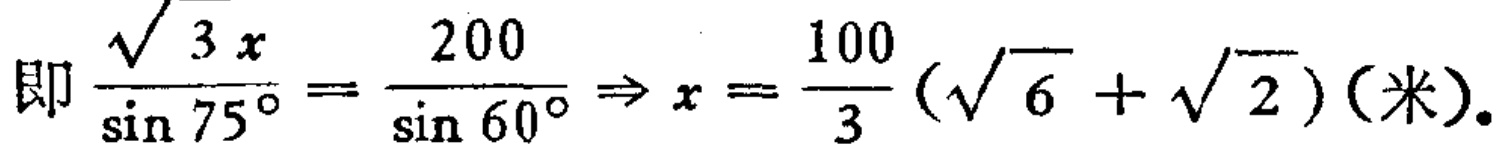
即\(\frac{\sqrt{3}x}{\sin 75^{\circ}}=\frac{200}{\sin 60^{\circ}}\Rightarrow x = \frac{100}{3}(\sqrt{6}+\sqrt{2})(米)\)。